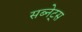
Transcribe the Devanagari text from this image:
सब्नेट्स